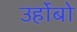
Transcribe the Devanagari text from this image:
उर्होबो